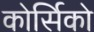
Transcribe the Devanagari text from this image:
कोर्सिको